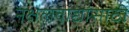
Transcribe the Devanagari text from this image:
नक्षलवाद्यांसाठी